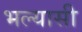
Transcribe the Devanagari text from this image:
भल्यासी